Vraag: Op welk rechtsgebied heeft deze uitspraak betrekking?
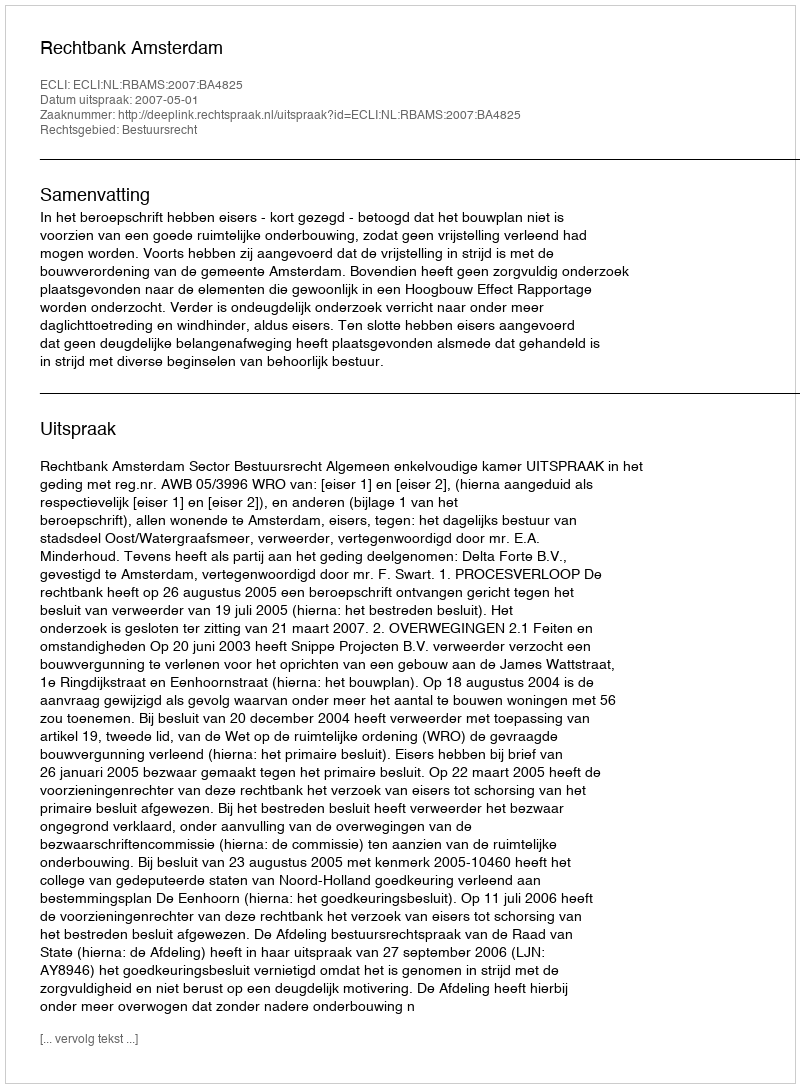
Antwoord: Bestuursrecht